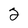
Character: 2